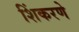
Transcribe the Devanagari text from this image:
शिंकरणे